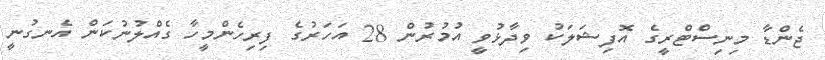
ޖެންޑާ މިނިސްޓްރީގެ އޮފިޝަލަކު ވިދާޅުވީ އުމުރުން 28 އަހަރުގެ ފިރިހެންމީހާ ގެއްލުނުކަން އެނގުނީ